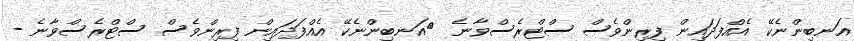
އަނބިންނެކޭ އެއްފަދައިން ފިރިންވެސް ސްޓްރެސްވާނެ  	އަނބިންނެކޭ އެއްފަދައިން ފިރިންވެސް ސްޓްރެސްވާނެ -